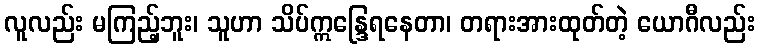
လူလည်း မကြည့်ဘူး၊ သူဟာ သိပ်ဣန္ဒြေရနေတာ၊ တရားအားထုတ်တဲ့ ယောဂီလည်း